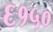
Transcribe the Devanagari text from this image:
६१५०